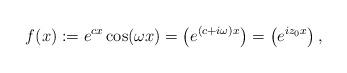
LaTeX: \begin{align*} f(x):=e^{cx}\cos(\omega x)=\left(e^{(c+i \omega)x}\right)=\left(e^{iz_0x}\right),\end{align*}